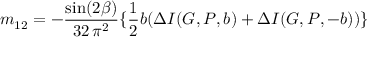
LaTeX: m _ { 1 2 } = - \frac { \sin ( 2 \beta ) } { 3 2 \, \pi ^ { 2 } } \{ \frac { 1 } { 2 } b ( \Delta I ( G , P , b ) + \Delta I ( G , P , - b ) ) \}